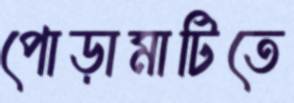
পোড়ামাটিতে